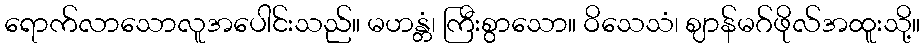
ရောက်လာသောလူအပေါင်းသည်။ မဟန္တံ၊ ကြီးစွာသော။ ဝိသေသံ၊ ဈာန်မဂ်ဖိုလ်အထူးသို့။